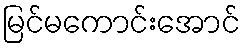
မြင်မကောင်းအောင်